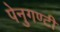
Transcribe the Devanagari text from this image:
पेनुगण्टी